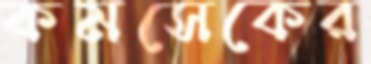
কমসেকের